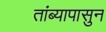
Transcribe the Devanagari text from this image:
तांब्यापासुन